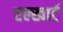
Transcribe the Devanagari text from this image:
एल्खार्ट